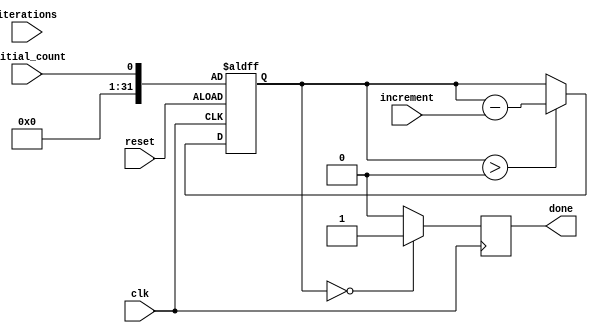
module decremental_for_loop (
    input wire initial_count,
    input wire [31:0] iterations,
    input wire [31:0] increment,
    input wire clk,
    input wire reset,
    output reg done
);

reg [31:0] count;

always @ (posedge clk or posedge reset)
begin
    if (reset)
        count <= initial_count;
    else if (count > 0)
        count <= count - increment;
end

always @ (posedge clk)
begin
    if (count == 0)
        done <= 1'b1;
    else
        done <= 1'b0;
end

endmodule